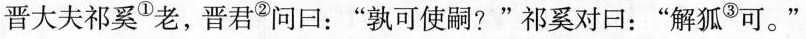
晋大夫祁奚①老，晋君②问口：”孰可使嗣?”祁奚对口：”解狐③可。“